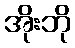
အိုးဘို